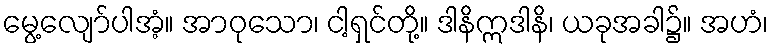
မွေ့လျော်ပါအံ့။ အာဝုသော၊ ငါ့ရှင်တို့။ ဒါနိဣဒါနိ၊ ယခုအခါ၌။ အဟံ၊